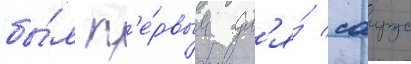
бы́л п'е́рвым дл'я́ саирус